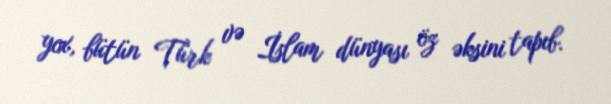
yox, bütün Türk və İslam dünyası öz əksini tapıb.